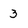
Character: 3